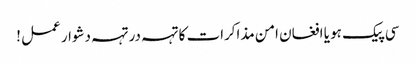
سی پیک ہو یا افغان امن مذاکرات کا تہہ در تہہ دشوار عمل !